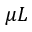
\mu L